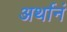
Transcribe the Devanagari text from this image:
अर्थानं